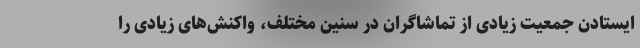
ایستادن جمعیت زیادی از تماشاگران در سنین مختلف، واکنش‌های زیادی را